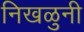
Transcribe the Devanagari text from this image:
निखळुनी